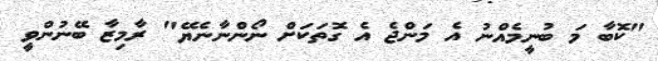
"ކޮބާ މަ ބުނީމެއްނު އެ މަންޖެ އެ ގޮތަކަށް ނޯންނާނެޔޭ" ރާމިޒާ ބޭނުންވީ